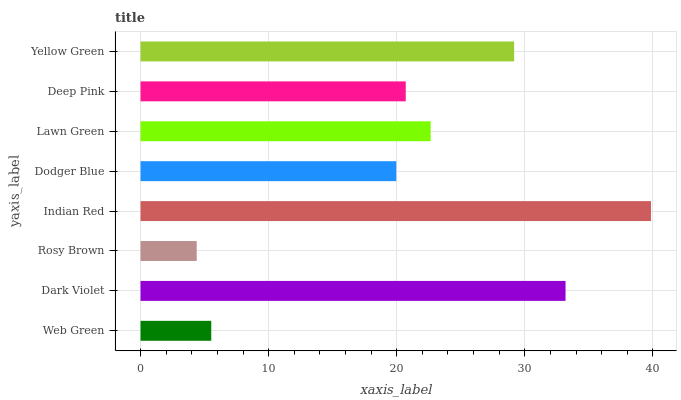
| yaxis_label | bars |
 | --- | --- |
 | Web Green | 5.52 |
 | Dark Violet | 33.2 |
 | Rosy Brown | 4.39 |
 | Indian Red | 39.8 |
 | Dodger Blue | 20 |
 | Lawn Green | 22.6 |
 | Deep Pink | 20.7 |
 | Yellow Green | 29.2 |